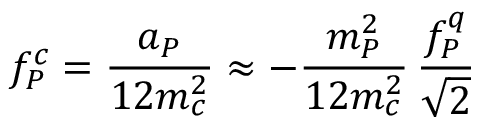
f _ { P } ^ { c } = \frac { a _ { P } } { 1 2 m _ { c } ^ { 2 } } \approx - \frac { m _ { P } ^ { 2 } } { 1 2 m _ { c } ^ { 2 } } \, \frac { f _ { P } ^ { q } } { \sqrt 2 }